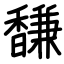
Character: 馦